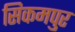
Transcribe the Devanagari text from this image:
सिकमपुर